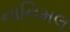
નાનિમલ